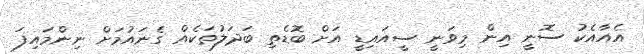
އެއާއެކު ސޮނީ އިން މިވަނީ ސީއައިޑީ އަށް ބޮޑެތި ބަދަލުތަކެއް ގެނައުމަށް ނިންމައިފަ